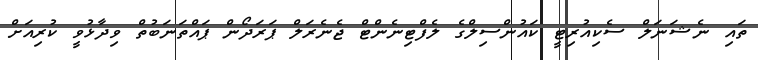
ތައި ނެޝަނަލް ސެކިއުރިޓީ ކައުންސިލްގެ ލެފްޓިނެންޓް ޖެނެރަލް ޕަރަދޯން ޕައްތަނަބުތް ވިދާޅުވީ ކުރިއަށް